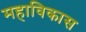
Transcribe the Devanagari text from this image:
महाविकास